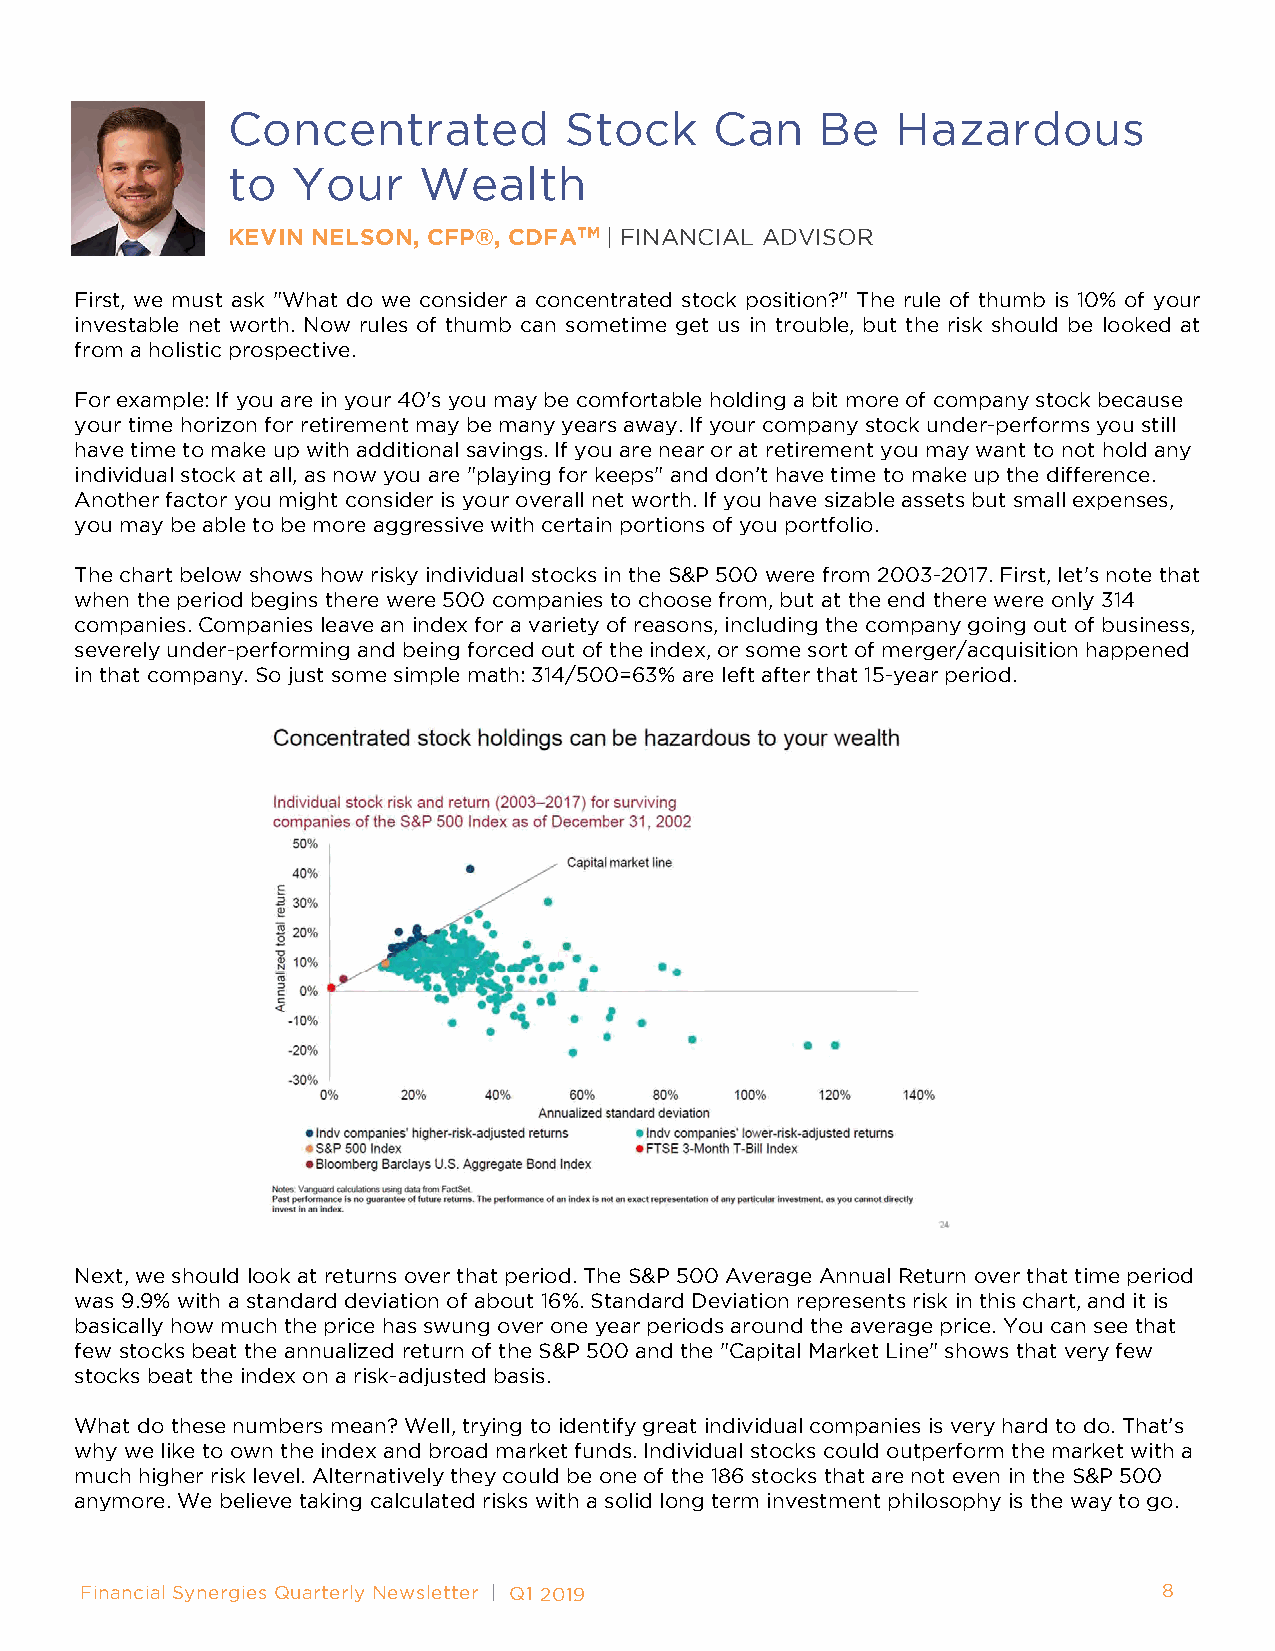
Concentrated          Stock     Can    Be   Hazardous
 to  Your     Wealth
 KEVIN NELSON, CFP®, CDFATM | FINANCIAL ADVISOR
 First, we must ask "What do we consider a concentrated stock position?" The rule of thumb is 10% of your
 investable net worth. Now rules of thumb can sometime get us in trouble, but the risk should be looked at
 from a holistic prospective.
 For example: If you are in your 40's you may be comfortable holding a bit more of company stock because
 your time horizon for retirement may be many years away. If your company stock under-performs you still
 have time to make up with additional savings. If you are near or at retirement you may want to not hold any
 individual stock at all, as now you are "playing for keeps" and don’t have time to make up the difference.
 Another factor you might consider is your overall net worth. If you have sizable assets but small expenses,
 you may be able to be more aggressive with certain portions of you portfolio.
 The chart below shows how risky individual stocks in the S&P 500 were from 2003-2017. First, let's note that
 when the period begins there were 500 companies to choose from, but at the end there were only 314
 companies. Companies leave an index for a variety of reasons, including the company going out of business,
 severely under-performing and being forced out of the index, or some sort of merger/acquisition happened
 in that company. So just some simple math: 314/500=63% are left after that 15-year period.
 Next, we should look at returns over that period. The S&P 500 Average Annual Return over that time period
 was 9.9% with a standard deviation of about 16%. Standard Deviation represents risk in this chart, and it is
 basically how much the price has swung over one year periods around the average price. You can see that
 few stocks beat the annualized return of the S&P 500 and the "Capital Market Line" shows that very few
 stocks beat the index on a risk-adjusted basis.
 What do these numbers mean? Well, trying to identify great individual companies is very hard to do. That’s
 why we like to own the index and broad market funds. Individual stocks could outperform the market with a
 much higher risk level. Alternatively they could be one of the 186 stocks that are not even in the S&P 500
 anymore. We believe taking calculated risks with a solid long term investment philosophy is the way to go.
 Financial Synergies Quarterly Newsletter | Q1 2019                      8